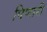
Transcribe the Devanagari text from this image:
पिणारी